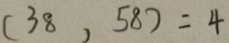
( 3 8 , 5 8 ) = 4